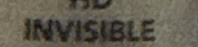
INVISIBLE